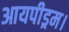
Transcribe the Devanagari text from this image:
आयपीड्रम।